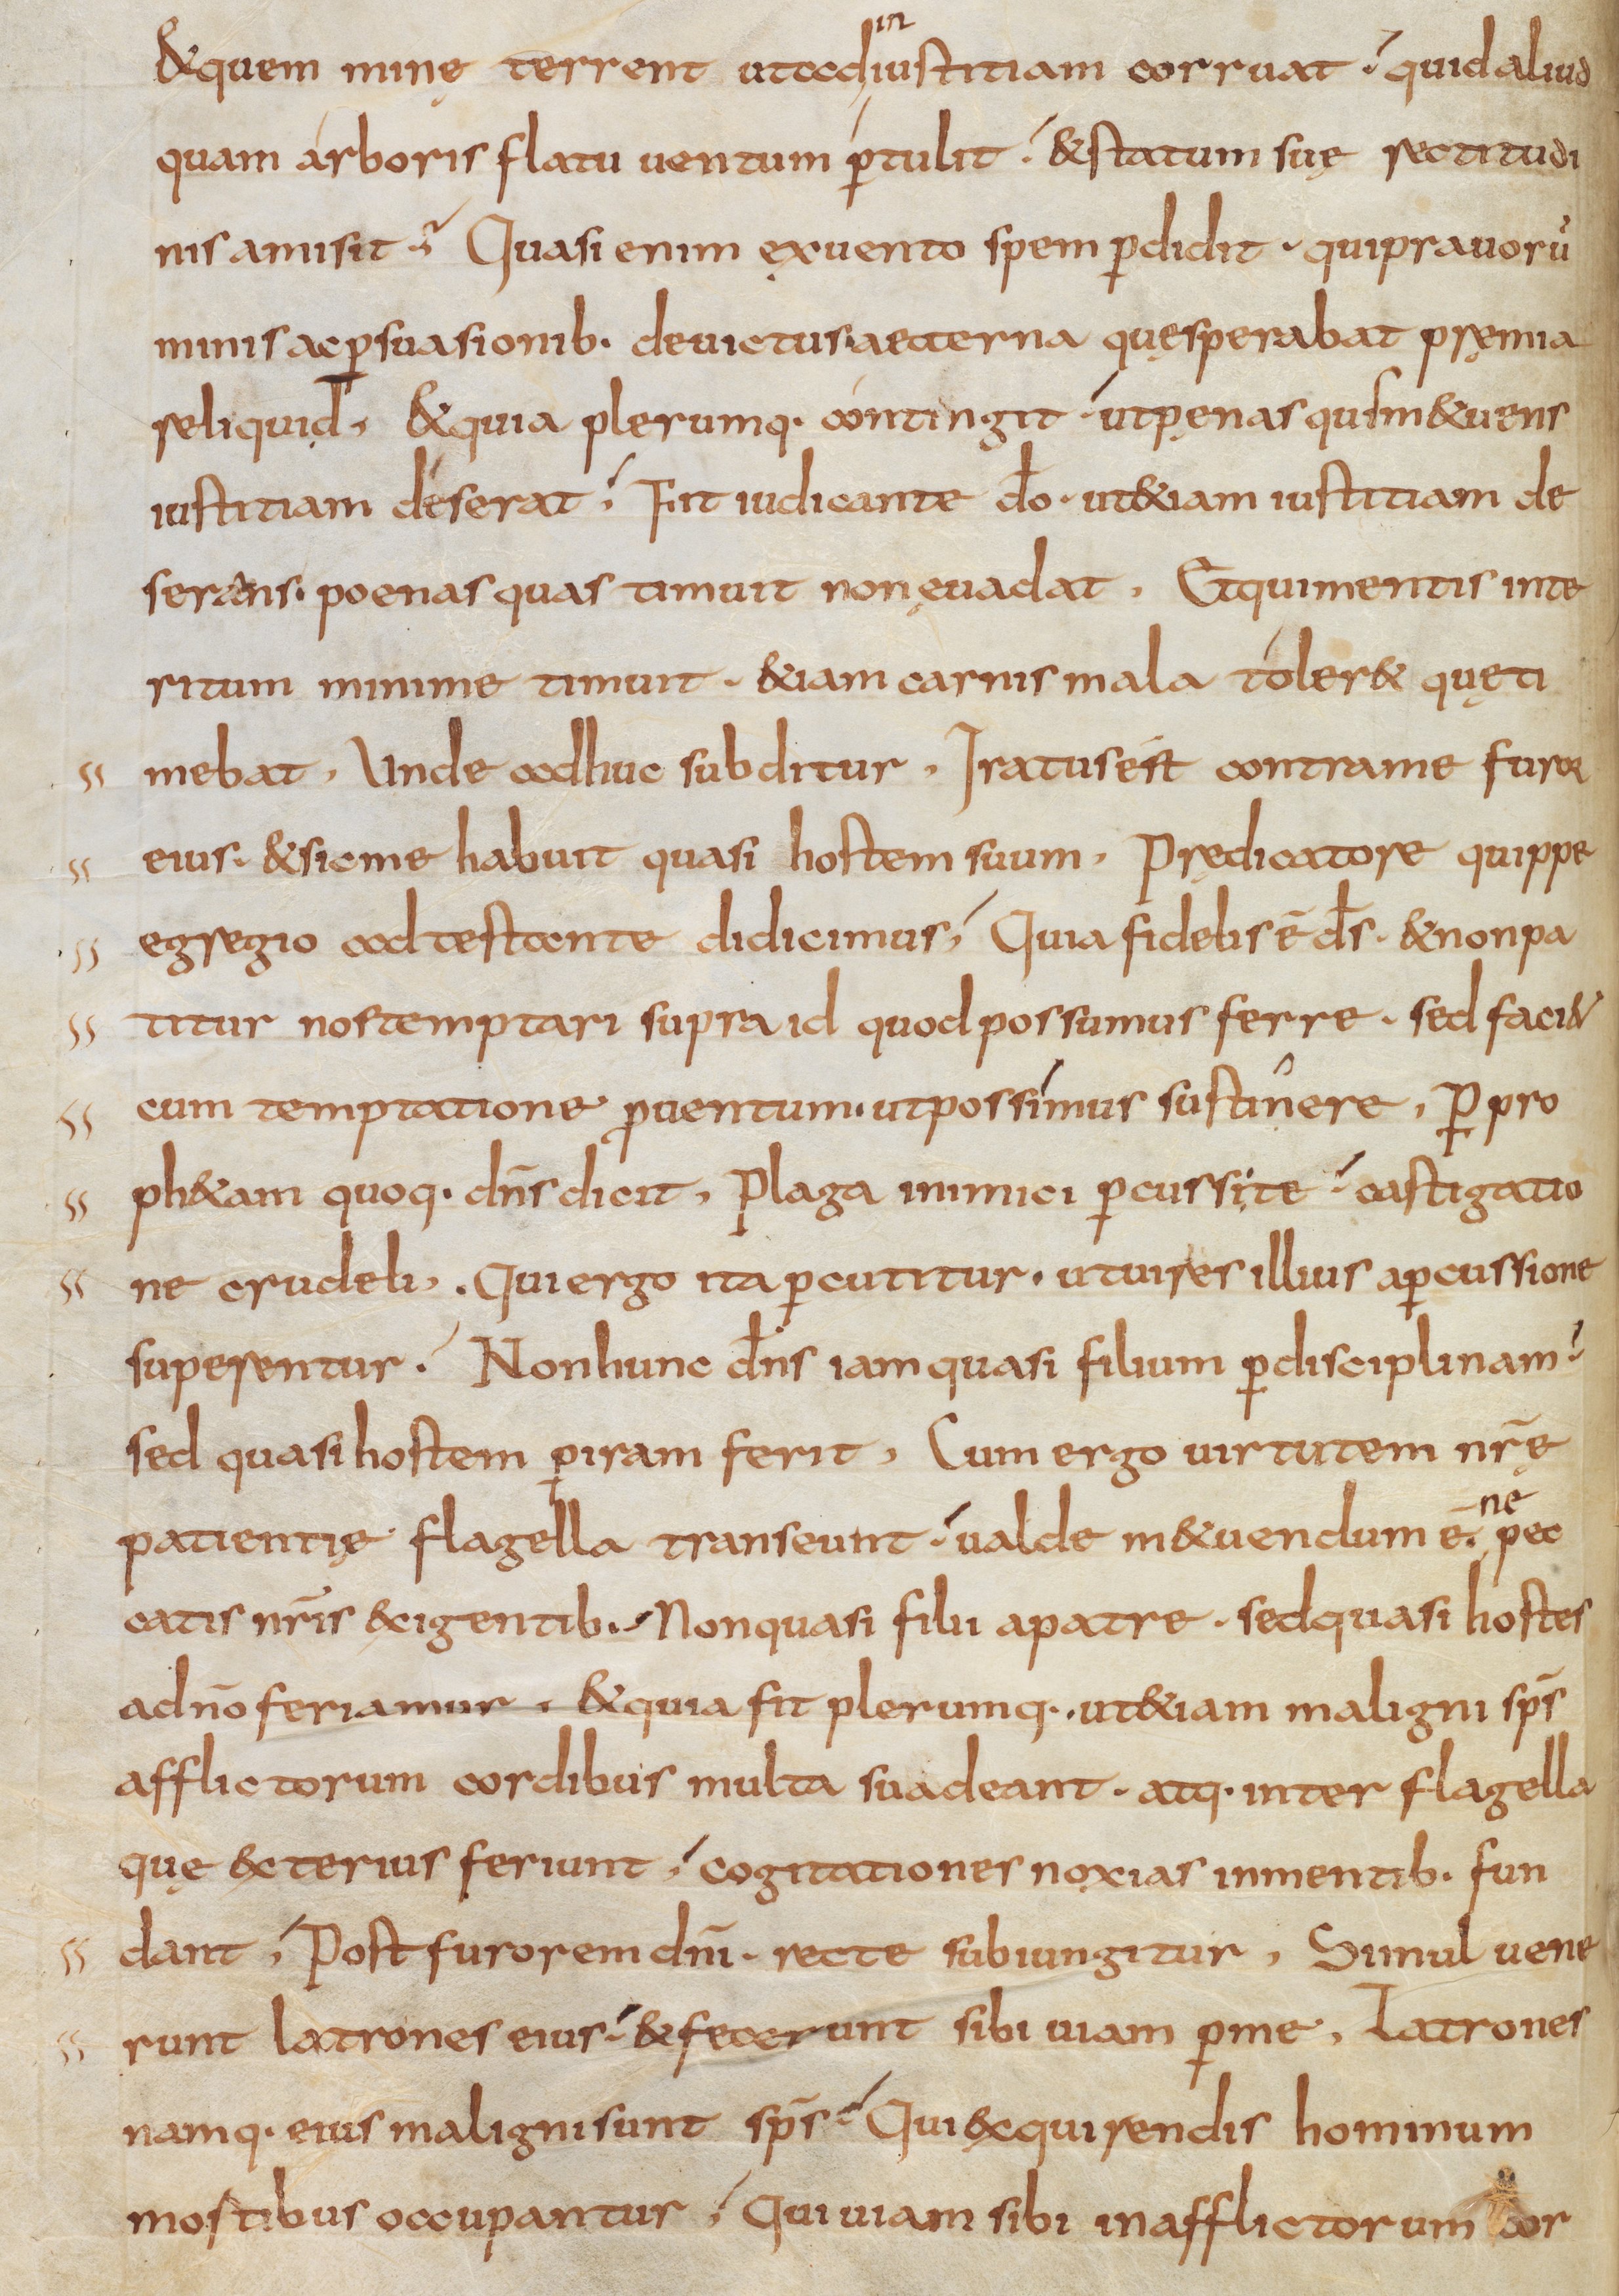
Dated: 800–832